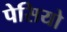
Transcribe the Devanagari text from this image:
पेसियो